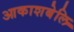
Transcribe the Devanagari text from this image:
आकाशबेलि